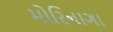
મોરિનાગા